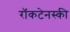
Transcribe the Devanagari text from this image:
राॅकटेनस्की